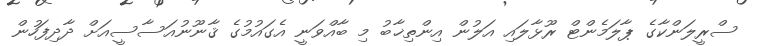
ސްރީލަންކާގެ ޕާލަމެންޓް ރޫޅާލައި އަލުން އިންތިޚާބު މި ބާއްވަނީ އެގައުމުގެ ޤާނޫނުއަސާސީއަށް ދާދިފަހުން